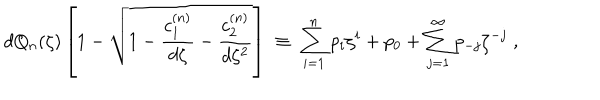
LaTeX: d Q _ { n } ( \zeta ) \left[ 1 - \sqrt { 1 - { \frac { c _ { 1 } ^ { ( n ) } } { d \zeta } } - { \frac { c _ { 2 } ^ { ( n ) } } { d \zeta ^ { 2 } } } } \right] \; \equiv \; \sum _ { i = 1 } ^ { n } p _ { i } \zeta ^ { i } + p _ { 0 } + \sum _ { j = 1 } ^ { \infty } p _ { - j } \zeta ^ { - j } \; ,